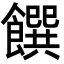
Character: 饌